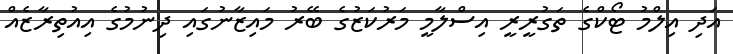
އަދި އިލްމު ޓޯކްގެ ތަގުރީރީ އިސްލާމީ މަރުކަޒުގެ ބޭރު މައިޒާނުގައި ދިނުމުގެ އިއުތިރާޒެއް